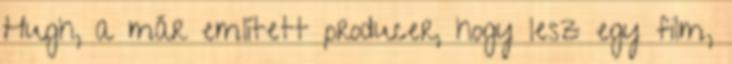
Hugh, a már említett producer, hogy lesz egy film,